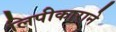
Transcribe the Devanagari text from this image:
लिपीकाराने